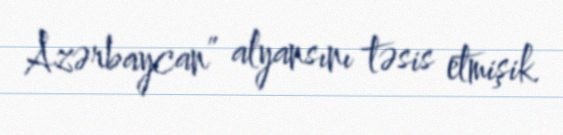
Azərbaycan” alyansını təsis etmişik.